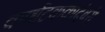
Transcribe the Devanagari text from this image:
कर्णाटककादंबरी